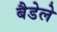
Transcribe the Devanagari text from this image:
बैडेले